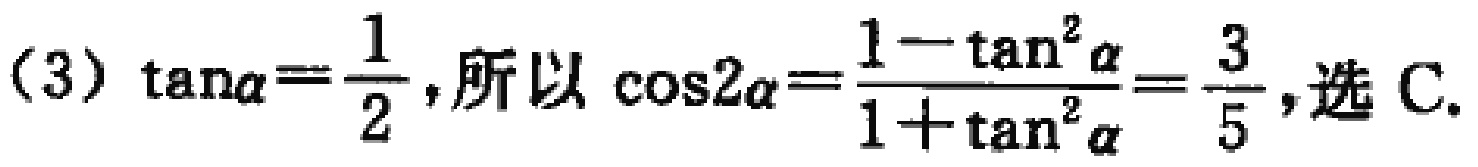
(3) $\tan\alpha=\frac{1}{2}$,所以 $\cos2\alpha=\frac{1 - \tan^{2}\alpha}{1 + \tan^{2}\alpha}=\frac{3}{5}$,选 C.